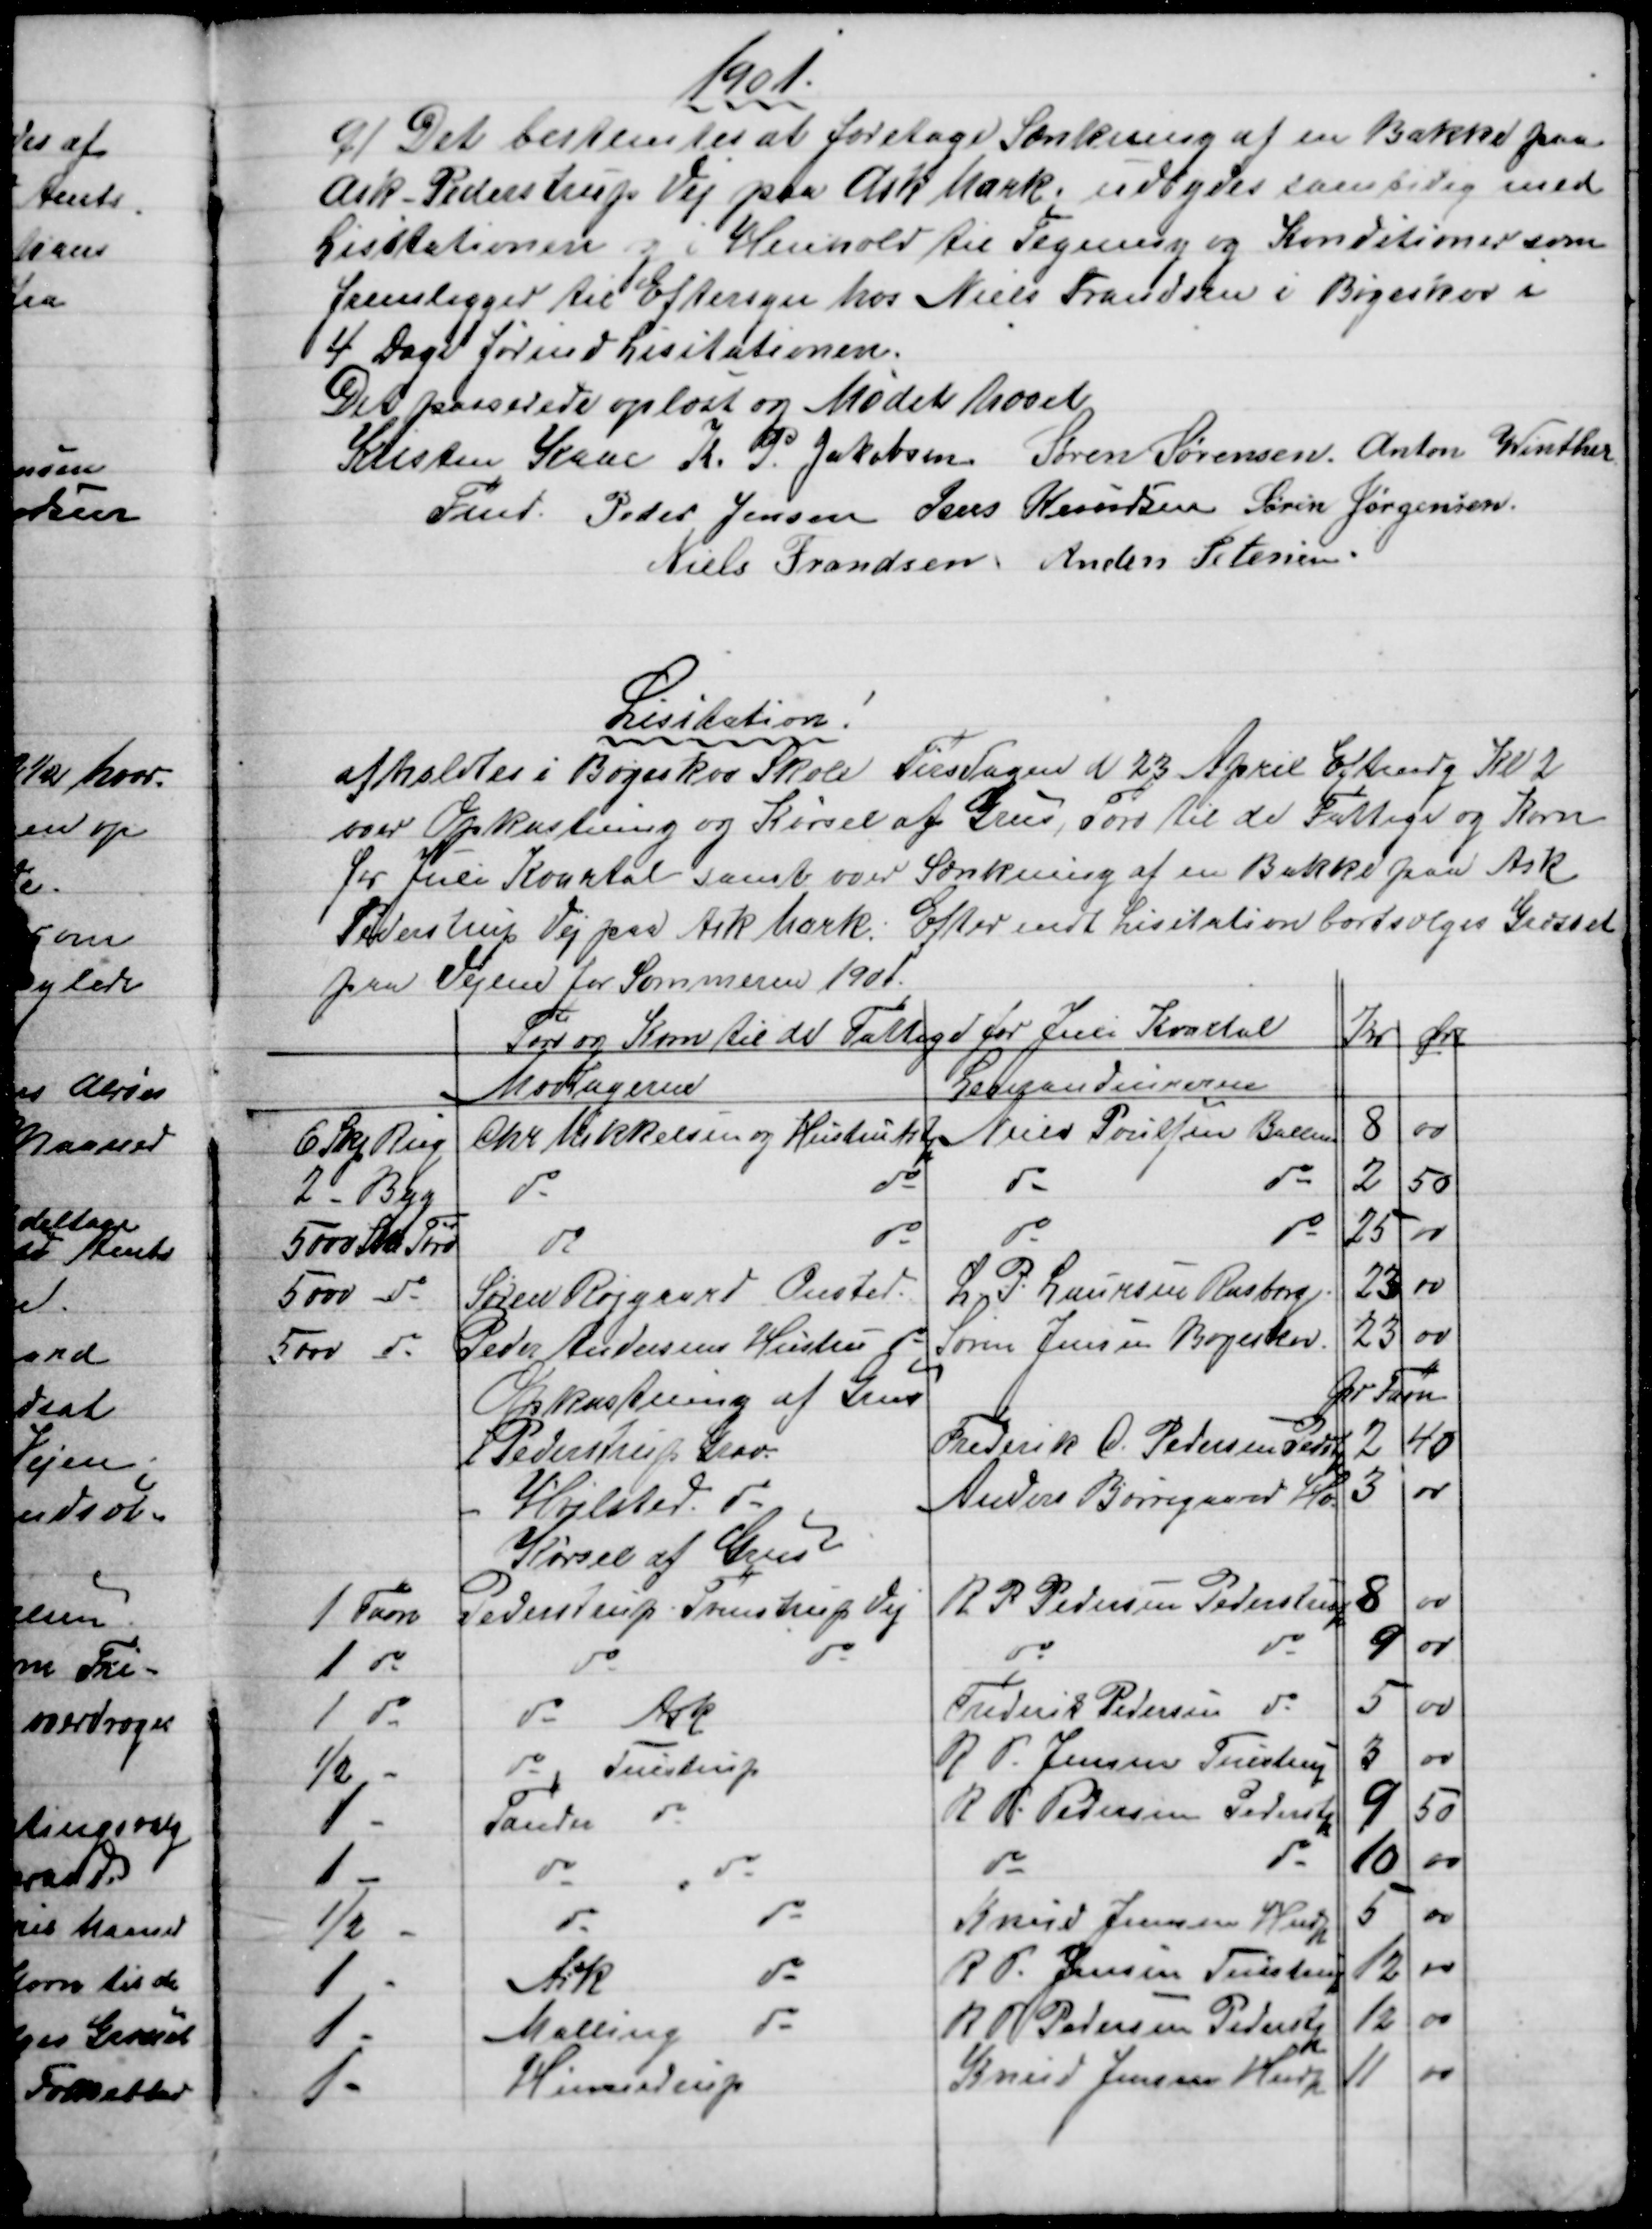
Transskription:
1901.
9) 
Det bestemtes at foretage Sænkning af en Bakke paa
Ask - Pederstrup Vej paa Ask Mark; udbydes samtidig med
Lisitationen og i Henhold til Tegning og Konditioner som
fremligger til Eftersyn hos Niels Frandsen i Bøgeskov i
4 Dage førend Lisitationen.
Det passerede oplæst og Mødet hævet 
Kristen Kaae
Fmd.
K. P. Jakobsen Søren Sørensen. Anton Winther
Peder Jensen Jens Knudsen Søren Jørgensen.
Niels Frandsen Anders Petersen
Lisitation.
afholdtes i Bøgeskov Skole Tirsdagen d 23 April Eftmdg Kl 2
over Opkastning og Kørsel af Grus, Tørv til de Fattige og Korn
for Juli Kvartal samt over Sænkning af en Bakke paa Ask
Pederstrup Vej paa Ask Mark. Efter endt Lisitation bortsælges Græsset
paa Vejene for Sommeren 1901.
Tørv og Korn til de Fattige for Juli Kvartal
Kr
Øre
Modtagerne
Leverandeurerne
6 Skp Rug
Chr Mikkelsen og Hustru Astp
Niels Poulsen Ballen
8
00
2 - Byg
do
do
do
do
2
50
5000 Stk Tørv
do
do
do
do
25
1
5000 do
Søren Røjgaard Onsted.
L. P. Laursen Rasborg
23
00
5000 do
Peder Andersens Hustru do
Søren Jensen Bøgeskov.
23
00
Opkastning af Grus
pr Favn
Pederstrup Skov.
Frederik C. Pedersen Pedstp
2
40
Hvilsted do
Anders Borregaard Hv
3
00
Kørsel af Grus
1 Favn
Pederstrup Tvenstrup Vej
R. P. Pedersen Pederstrup
8
00
1 do
do
do
do
do
9
00
1 do
do Ask
Frederik Pedersen do
5
00
½ -
do Tulstrup
R. P. Jensen Tulstrup
3
00
1 -
Tander do
R. P. Pedersen Pederstp
9
50
1 -
do
do
do
do
10
00
½
do
do
Knud Jensen Hndp
5
00
1
Ask
do
R. P. Jensen, Tulstrup
12
00
1
Malling
do
R P Pedersen Pederstp
12
00
1
Hinnerup
Knud Jensen Hndp
11
00